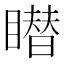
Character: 𥋋